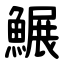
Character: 䱼